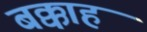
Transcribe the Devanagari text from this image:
बक्काह